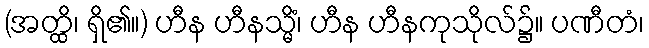
(အတ္ထိ၊ ရှိ၏။) ဟီန ဟီနသ္မိံ၊ ဟီန ဟီနကုသိုလ်၌။ ပဏီတံ၊